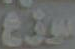
موزع